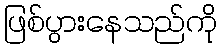
ဖြစ်ပွားနေသည်ကို